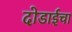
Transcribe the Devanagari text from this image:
दोडाईचा